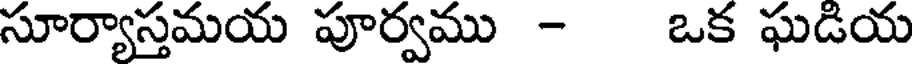
సూర్యాస్తమయ పూర్వము - ఒక ఘడియ